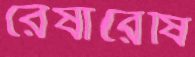
রেষারেষি